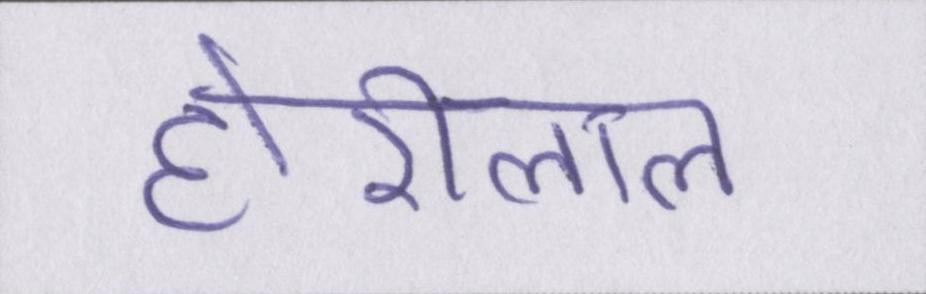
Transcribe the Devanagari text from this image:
होरीलाल